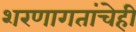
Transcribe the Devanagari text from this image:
शरणागतांचेही